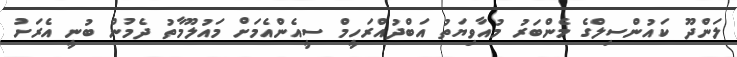
ލަންދޫ ކައުންސިލްގެ މެންބަރު މުއާވިޔަތު އަބްދުއްރަހީމް ސީއެންއެމަށް މައުލޫމާތު ދެމުން ބުނީ އެރަށު